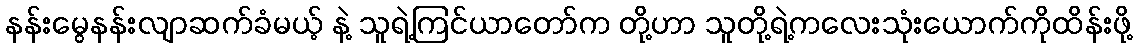
နန်းမွေနန်းလျာဆက်ခံမယ့် နဲ့ သူရဲ့ကြင်ယာတော်က တို့ဟာ သူတို့ရဲ့ကလေးသုံးယောက်ကိုထိန်းဖို့